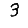
Digit: 3